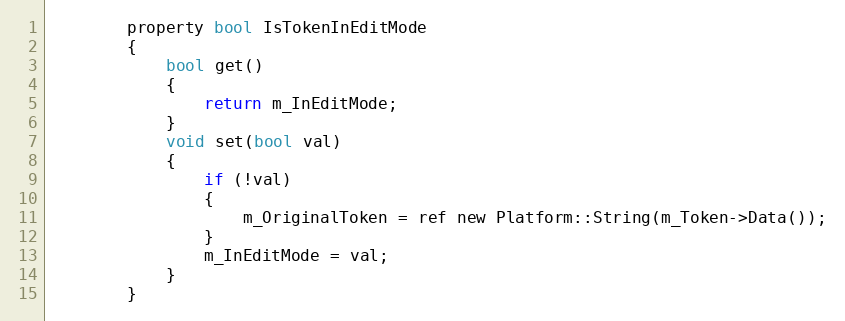
Language: C
        property bool IsTokenInEditMode
        {
            bool get()
            {
                return m_InEditMode;
            }
            void set(bool val)
            {
                if (!val)
                {
                    m_OriginalToken = ref new Platform::String(m_Token->Data());
                }
                m_InEditMode = val;
            }
        }